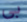
بي